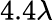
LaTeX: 4.4\lambda